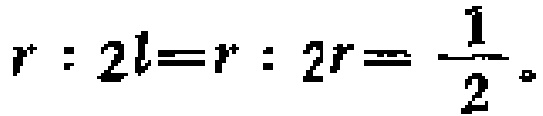
$r:2l = r:2r=\frac{1}{2}。$